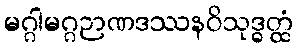
မဂ္ဂါမဂ္ဂဉာဏဒဿနဝိသုဒ္ဓတ္ထံ